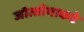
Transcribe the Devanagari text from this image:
जोत्सोमाकडे